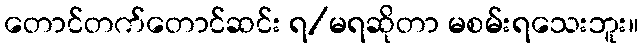
တောင်တက်တောင်ဆင်း ရ/မရဆိုတာ မစမ်းရသေးဘူး။